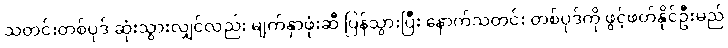
သတင်းတစ်ပုဒ် ဆုံးသွားလျှင်လည်း မျက်နှာဖုံးဆီ ပြန်သွားပြီး နောက်သတင်း တစ်ပုဒ်ကို ဖွင့်ဖတ်နိုင်ဦးမည်